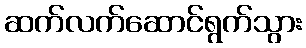
ဆက်လက်ဆောင်ရွက်သွား